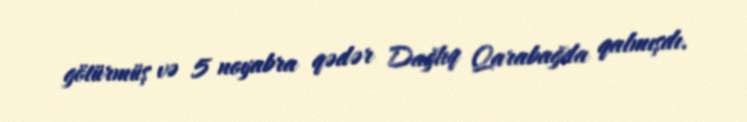
götürmüş və 5 noyabra qədər Dağlıq Qarabağda qalmışdı.